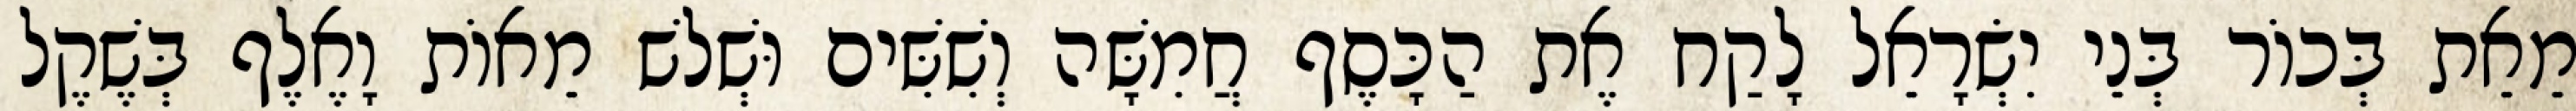
מֵאֵת בְּכוֹר בְּנֵי יִשְׂרָאֵל לָקַח אֶת הַכָּסֶף חֲמִשָּׁה וְשִׁשִּׁים וּשְׁלשׁ מֵאוֹת וָאֶלֶף בְּשֶׁקֶל